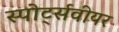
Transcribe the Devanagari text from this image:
स्पोर्ट्सवीयर